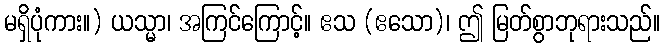
မရှိပုံကား။) ယသ္မာ၊ အကြင်ကြောင့်။ ဧသ (ဧသော)၊ ဤ မြတ်စွာဘုရားသည်။